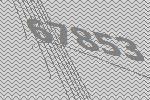
67853